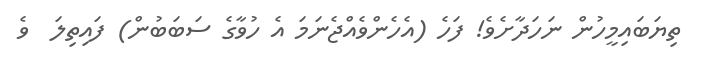
ތިޔަބައިމީހުން ނަހަދާށެވެ! ފަހެ (އެހެންވެއްޖެނަމަ އެ ހުވާގެ ސަބަބުން) ފައިތިލަ  ވެ